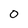
Character: 0